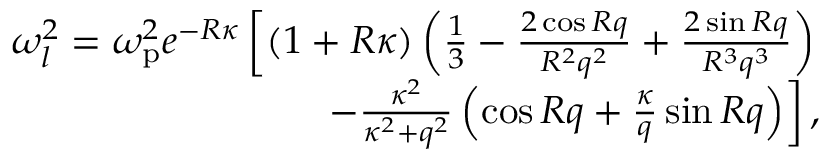
\begin{array} { r } { \omega _ { l } ^ { 2 } = \omega _ { \mathrm { p } } ^ { 2 } e ^ { - R \kappa } \left[ \left( 1 + R \kappa \right) \left( \frac { 1 } { 3 } - \frac { 2 \cos R q } { R ^ { 2 } q ^ { 2 } } + \frac { 2 \sin R q } { R ^ { 3 } q ^ { 3 } } \right) \right. } \\ { \left. - \frac { \kappa ^ { 2 } } { \kappa ^ { 2 } + q ^ { 2 } } \left( \cos R q + \frac { \kappa } { q } \sin R q \right) \right] , } \end{array}